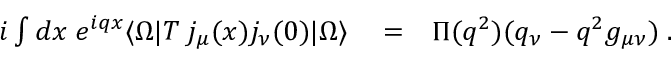
\begin{array} { r l r } { i \int d x \; e ^ { i q x } \langle \Omega | T \; j _ { \mu } ( x ) j _ { \nu } ( 0 ) | \Omega \rangle } & { { } = } & { \Pi ( q ^ { 2 } ) ( q _ { \nu } - q ^ { 2 } g _ { \mu \nu } ) \; . } \end{array}